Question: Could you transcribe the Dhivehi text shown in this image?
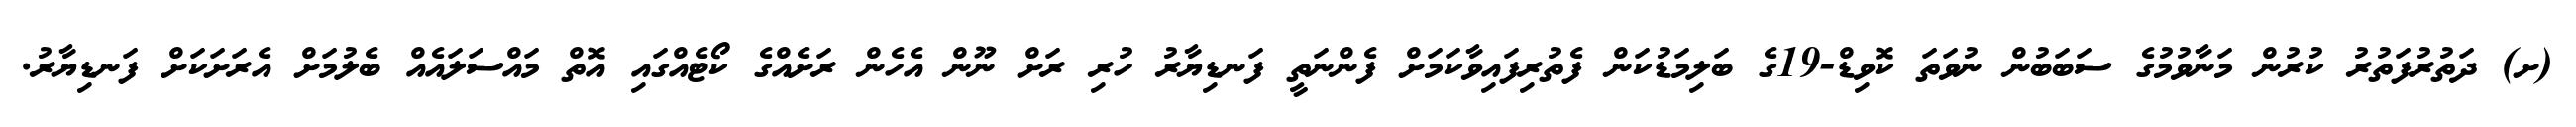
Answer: (ށ) ދަތުރުފަތުރު ކުރުން މަނާވުމުގެ ސަބަބުން ނުވަތަ ކޮވިޑް-19ގެ ބަލިމަޑުކަން ފެތުރިފައިވާކަމަށް ފެންނަތީ ފަނޑިޔާރު ހުރި ރަށް ނޫން އެހެން ރަށެއްގެ ކޯޓެއްގައި އޮތް މައްސަލައެއް ބެލުމަށް އެރަށަކަށް ފަނޑިޔާރު.